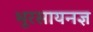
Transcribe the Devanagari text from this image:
भूरसायनज्ञ